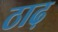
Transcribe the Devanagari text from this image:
ठाढ़